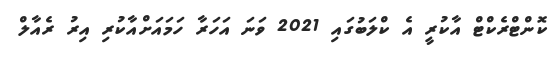
ކޮންޓްރެކްޓް އާކުރީ އެ ކްލަބުގައި 2021 ވަނަ އަހަރާ ހަމައަށްއާކުރި އިރު ރެއާލް